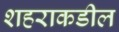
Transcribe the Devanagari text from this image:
शहराकडील